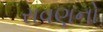
રાવણનો